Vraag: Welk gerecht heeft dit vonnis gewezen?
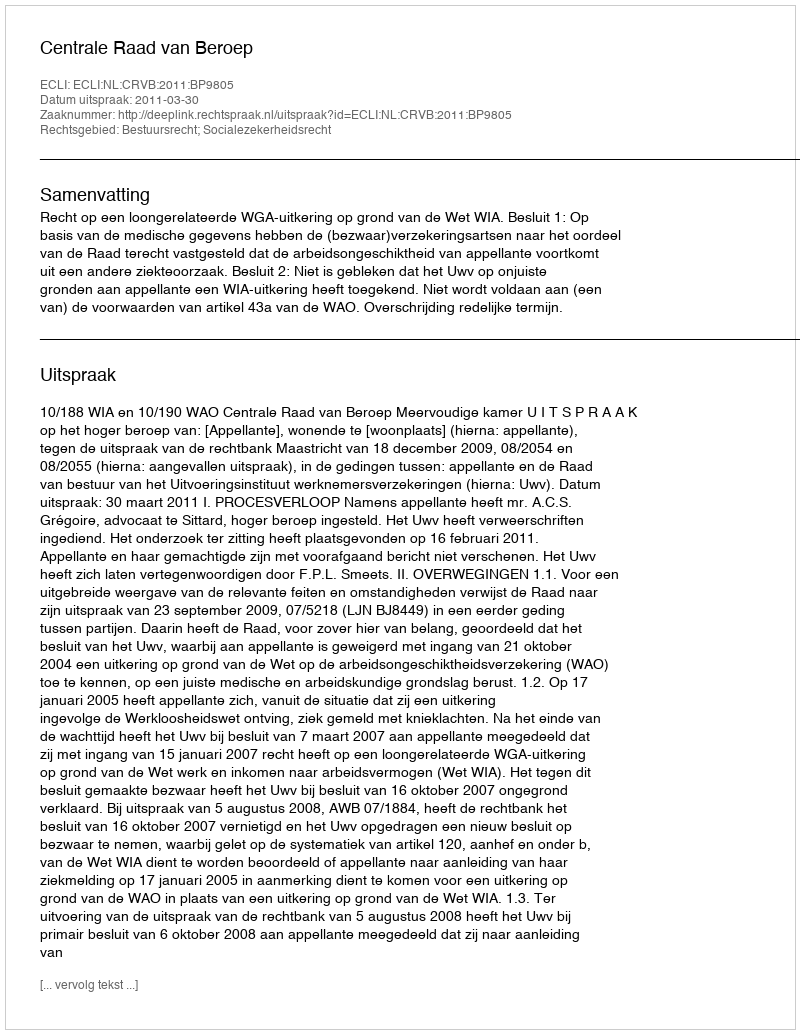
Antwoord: Centrale Raad van Beroep